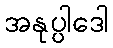
အနုပ္ပါဒေါ